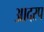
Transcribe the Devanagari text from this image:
आदरप